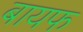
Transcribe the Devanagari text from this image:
बायफ